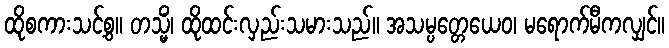
ထိုစကားသင့်စွ။ တသ္မိံ၊ ထိုထင်းလှည်းသမားသည်။ အသမ္ပတ္တေယေဝ၊ မရောက်မီကလျှင်။